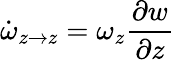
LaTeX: \dot{\omega}_{z\rightarrow z}=\omega_{z}\frac{\partial w}{\partial z}